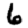
Digit: 6